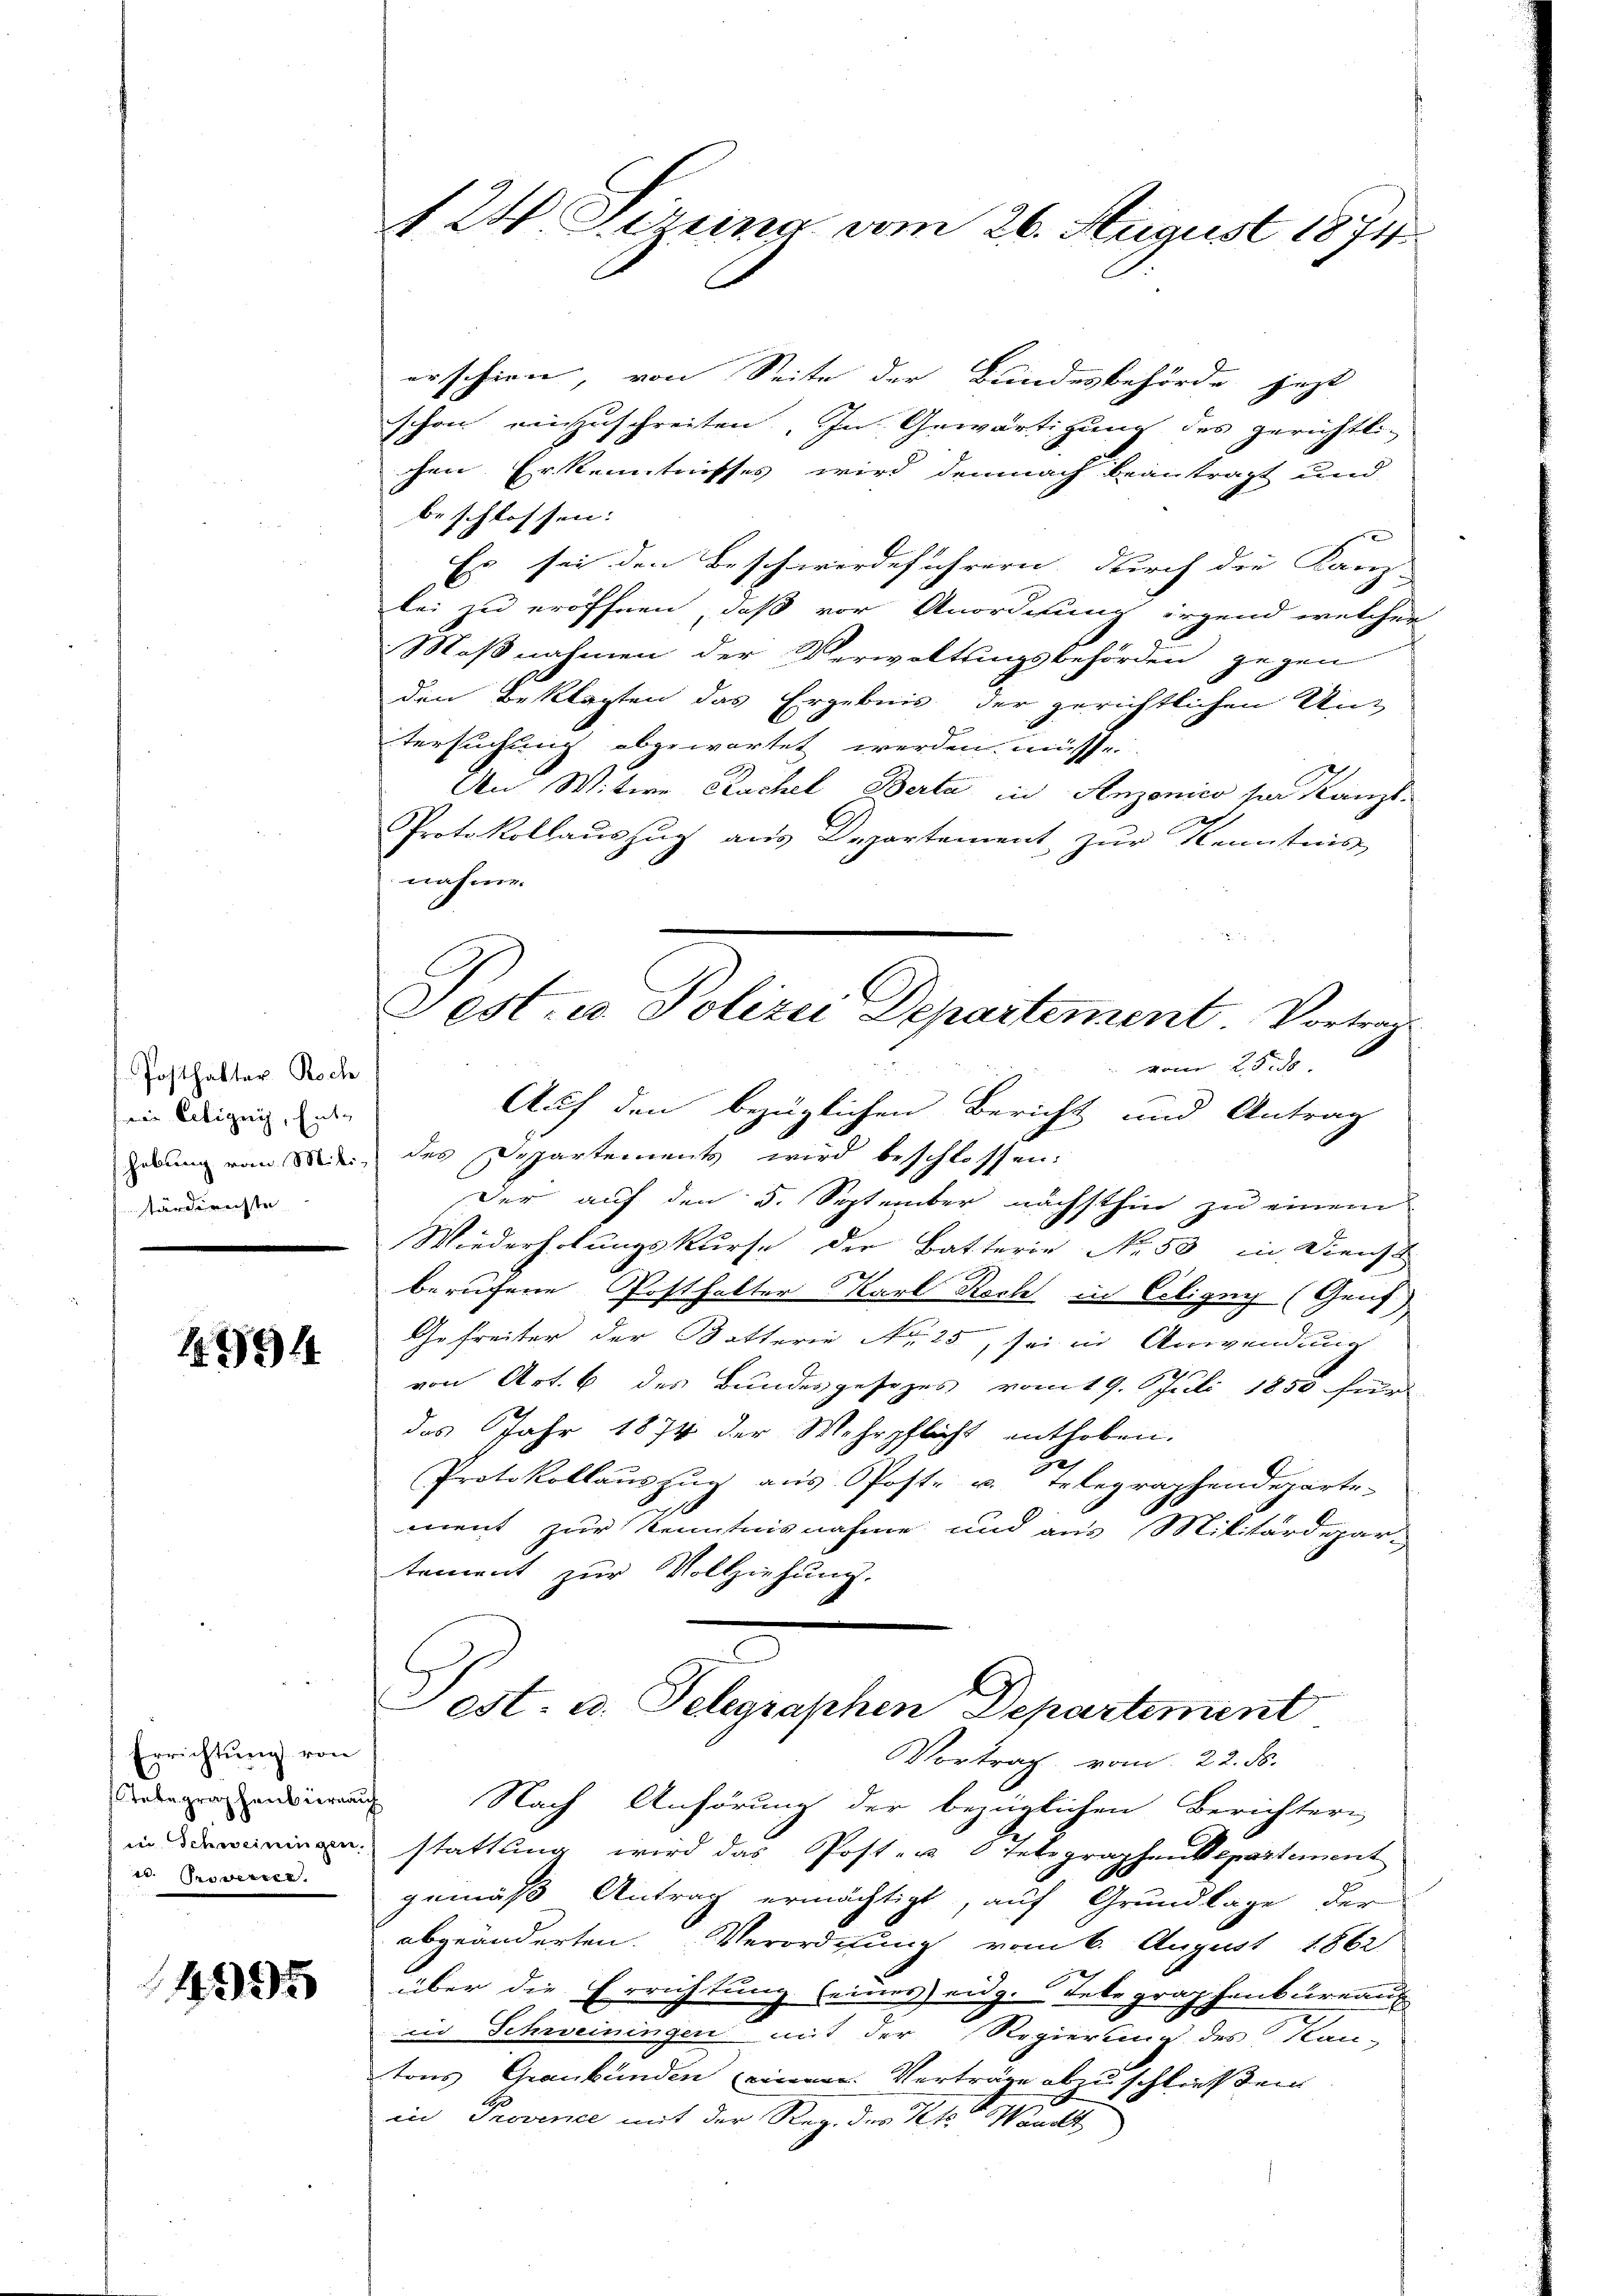
Posthalter Roch
 Eeligii, Enthebung von Mili-
tärdirechte

1994

Errichtung von
tate graphenbierna
in Schweiningen.
e. Proverner

4995

24 Firung vom 26. August 1874

erschien, von Seite der Bundesbehörde jetzt
schon einzuschreiten. In Gewärtigung des gerichtli-
chen Erkenntnisses wird demnach beantragt und
beschlossen:
Es sei den Beschwerdeführern, durch die Kanz- |
lei zu eröffnen, daß vor Anordnung irgend welcher
Maßnahmen der Verwaltungsbehörden gegen
den Beklagten das Ergebnis der gerichtlichen Un-
tersuchung abgewartet werden müsse.
A
An Witwe Cachel Berta in Anzonico sie stanzt.
Protokollauszug aus Departement zur Kenntnis
nahme.
vom 25. de
Auf den bezüglichen Bericht und Antrag
des Departements wird beschlossen:
Der auf den 5. September nächsthin zu einem
Wiederholungskurse der Batterie No. 53 in Dienst
berufene Posthalter Karl Koch in Ciligen (Genf
Gefreiter der Botterie Nr. 25, sei in Anwendung
von Art. 6 des Bundesgesezes vom 19. Juli 1850 für
das Jahr 1874 der Wehrpflicht enthoben.
Protokollauszug aus Poste u. Telegraphendeparte
ment zur Kenntnisnahme und aus Militärdepar-
tement zur Vollziehung.
Pest- u. Telegraphen Departement
Vortrag vom 22. ds.
f
Nach Anhörung der bezüglichen Berichtern
stattung wird das Post- u 6 Telegraphendepartement
gemäß Antrag ermächtigt, auf Grundlage der
abgeänderten. Verordnung vom 6. August 1862
über die Errichtung seines eidg. Telegraphenbureau
in Schweiningen mit der Regierung des Stan-
tons Graubünden einem Verträge abzuschließen
i
in Provence mit der Reg. des Peter Waadt

Pest- u Polizei Departement. Vortrag¬